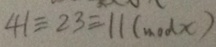
4 1 \equiv 2 3 \equiv 1 1 ( m o d x )